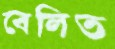
বেলিত